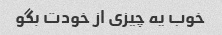
خوب یه چیزی از خودت بگو